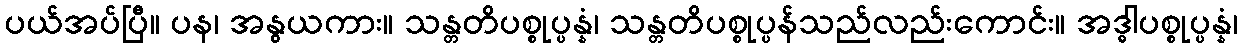
ပယ်အပ်ပြီ။ ပန၊ အနွယကား။ သန္တတိပစ္စုပ္ပန္နံ၊ သန္တတိပစ္စုပ္ပန်သည်လည်းကောင်း။ အဒ္ဓါပစ္စုပ္ပန္နံ၊